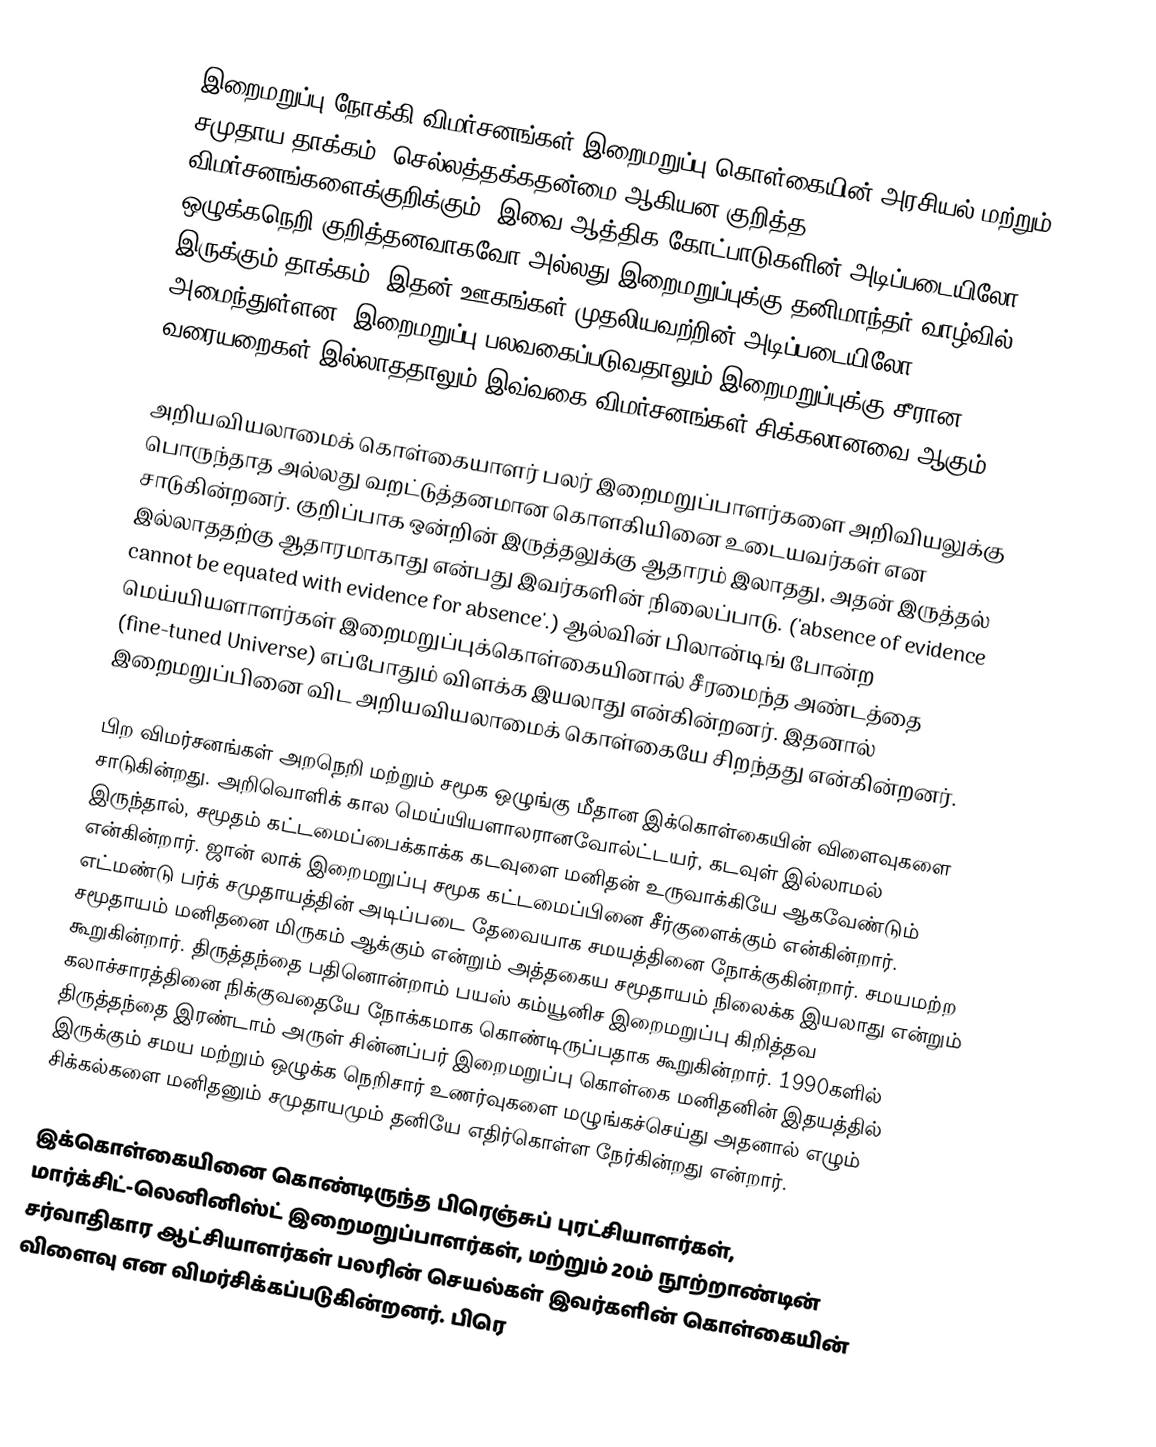
இறைமறுப்பு நோக்கி விமர்சனங்கள் இறைமறுப்பு கொள்கையின் அரசியல் மற்றும் சமுதாய தாக்கம், செல்லத்தக்கதன்மை ஆகியன குறித்த விமர்சனங்களைக்குறிக்கும். இவை ஆத்திக கோட்பாடுகளின் அடிப்படையிலோ, ஒழுக்கநெறி குறித்தனவாகவோ அல்லது இறைமறுப்புக்கு தனிமாந்தர் வாழ்வில் இருக்கும் தாக்கம், இதன் ஊகங்கள் முதலியவற்றின் அடிப்படையிலோ அமைந்துள்ளன. இறைமறுப்பு பலவகைப்படுவதாலும் இறைமறுப்புக்கு சீரான வரையறைகள் இல்லாததாலும் இவ்வகை விமர்சனங்கள் சிக்கலானவை ஆகும்.

அறியவியலாமைக் கொள்கையாளர் பலர் இறைமறுப்பாளர்களை அறிவியலுக்கு பொருந்தாத அல்லது வறட்டுத்தனமான கொளகியினை உடையவர்கள் என சாடுகின்றனர். குறிப்பாக ஒன்றின் இருத்தலுக்கு ஆதாரம் இலாதது, அதன் இருத்தல் இல்லாததற்கு ஆதாரமாகாது என்பது இவர்களின் நிலைப்பாடு. ('absence of evidence cannot be equated with evidence for absence'.) ஆல்வின் பிலான்டிங் போன்ற மெய்யியளாளர்கள் இறைமறுப்புக்கொள்கையினால் சீரமைந்த அண்டத்தை (fine-tuned Universe) எப்போதும் விளக்க இயலாது என்கின்றனர். இதனால் இறைமறுப்பினை விட அறியவியலாமைக் கொள்கையே சிறந்தது என்கின்றனர்.

பிற விமர்சனங்கள் அறநெறி மற்றும் சமூக ஒழுங்கு மீதான இக்கொள்கையின் விளைவுகளை சாடுகின்றது. அறிவொளிக் கால மெய்யியளாலரானவோல்ட்டயர், கடவுள் இல்லாமல் இருந்தால், சமூதம் கட்டமைப்பைக்காக்க கடவுளை மனிதன் உருவாக்கியே ஆகவேண்டும் என்கின்றார். ஜான் லாக் இறைமறுப்பு சமூக கட்டமைப்பினை சீர்குளைக்கும் என்கின்றார். எட்மண்டு பர்க் சமுதாயத்தின் அடிப்படை தேவையாக சமயத்தினை நோக்குகின்றார். சமயமற்ற சமூதாயம் மனிதனை மிருகம் ஆக்கும் என்றும் அத்தகைய சமூதாயம் நிலைக்க இயலாது என்றும் கூறுகின்றார். திருத்தந்தை பதினொன்றாம் பயஸ் கம்யூனிச இறைமறுப்பு கிறித்தவ கலாச்சாரத்தினை நிக்குவதையே நோக்கமாக கொண்டிருப்பதாக கூறுகின்றார். 1990களில் திருத்தந்தை இரண்டாம் அருள் சின்னப்பர் இறைமறுப்பு கொள்கை மனிதனின் இதயத்தில் இருக்கும் சமய மற்றும் ஒழுக்க நெறிசார் உணர்வுகளை மழுங்கச்செய்து அதனால் எழும் சிக்கல்களை மனிதனும் சமுதாயமும் தனியே எதிர்கொள்ள நேர்கின்றது என்றார்.

இக்கொள்கையினை கொண்டிருந்த பிரெஞ்சுப் புரட்சியாளர்கள், மார்க்சிட்-லெனினிஸ்ட் இறைமறுப்பாளர்கள், மற்றும் 20ம் நூற்றாண்டின் சர்வாதிகார ஆட்சியாளர்கள் பலரின் செயல்கள் இவர்களின் கொள்கையின் விளைவு என விமர்சிக்கப்படுகின்றனர். பிரெ